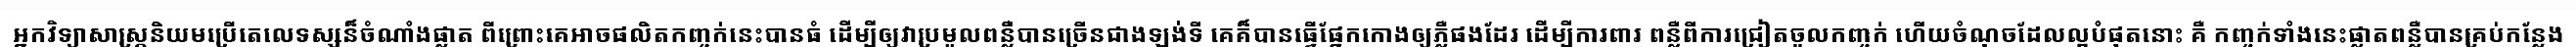
អ្នកវិទ្យាសាស្ត្រនិយមប្រើតេលេទស្សន៏ចំណាំងផ្លាត ពីព្រោះគេអាចផលិតកញ្ចក់នេះបានធំ ដើម្បីឲ្យវាប្រមូលពន្លឺបានច្រើនជាងឡង់ទី គេគ៏បានធ្វើផ្នែកកោងឲ្យភ្លឺផងដែរ ដើម្បីការពារ ពន្លឺពីការជ្រៀតចូលកញ្ចក់ ហើយចំណុចដែលល្អបំផុតនោះ គឺ កញ្ចក់ទាំងនេះផ្លាតពន្លឺបានគ្រប់កន្លែង